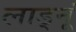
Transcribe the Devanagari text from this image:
लाड्नूं